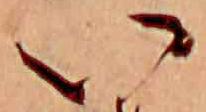
い